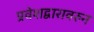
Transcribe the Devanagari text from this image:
प्रवेशद्वारावरुन